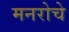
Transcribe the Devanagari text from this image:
मनरोचे